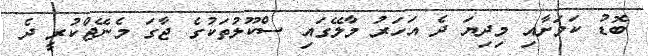
ބޮޑު ކަމަށާއި މިދިޔަ ދެ އަހަރު މާލޭގައި ސްކޫލުތަކުގެ ޖާގަ މެނޭޖްކުރީ ދެ